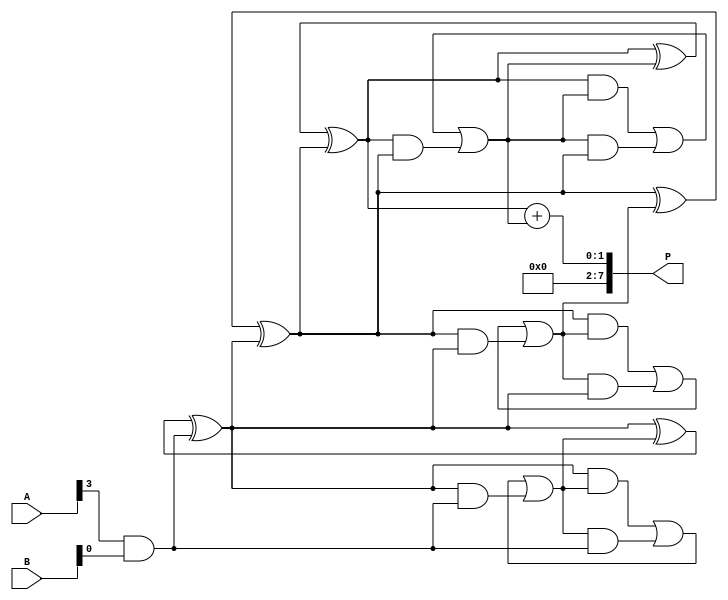
module wallace_tree_multiplier #(parameter N = 4) (
    input [N-1:0] A,
    input [N-1:0] B,
    output reg [2*N-1:0] P
);

    // Generate partial products
    wire [N-1:0] pp [0:N-1]; // Partial products
    genvar i, j;
    generate
        for (i = 0; i < N; i = i + 1) begin : pp_gen
            for (j = 0; j < N; j = j + 1) begin : pp_row
                assign pp[i][j] = A[i] & B[j];
            end
        end
    endgenerate

    // Carry-Save Adder (CSA) structure
    wire [N:0] sum [0:N-1]; // Sum outputs from CSAs
    wire [N:0] carry [0:N-1]; // Carry outputs from CSAs

    // Initialize the first level of CSAs
    generate
        for (i = 0; i < N; i = i + 1) begin : csa_level_0
            if (i < N-1) begin
                assign sum[i][0] = pp[i][0];
                assign carry[i][0] = pp[i][1];
                assign sum[i][1] = pp[i+1][0];
                assign carry[i][1] = pp[i+1][1];
            end else begin
                assign sum[i][0] = pp[i][0];
                assign carry[i][0] = pp[i][1];
                assign sum[i][1] = 1'b0; // Padding for last row
                assign carry[i][1] = 1'b0; // Padding for last row
            end
        end
    endgenerate

    // CSA tree reduction
    genvar level;
    generate
        for (level = 1; level < N; level = level + 1) begin : csa_tree
            for (i = 0; i < N - level; i = i + 1) begin : csa
                wire [N:0] a, b, c;
                assign a = sum[i][0];
                assign b = carry[i][0];
                assign c = sum[i+1][0];

                // CSA logic: a + b + c
                assign sum[i][0] = a ^ b ^ c; // Sum output
                assign carry[i][0] = (a & b) | (b & c) | (a & c); // Carry output
            end
        end
    endgenerate

    // Final addition stage
    wire [2*N-1:0] final_sum;
    wire [2*N-1:0] final_carry;

    assign final_sum = {1'b0, sum[0][0]} + {1'b0, carry[0][0]}; // Add the last CSA outputs

    always @(*) begin
        P = final_sum; // Assign final product
    end

endmodule